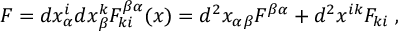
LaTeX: F = d x _ { \alpha } ^ { i } d x _ { \beta } ^ { k } F _ { k i } ^ { \beta \alpha } ( x ) = d ^ { 2 } x _ { \alpha \beta } F ^ { \beta \alpha } + d ^ { 2 } x ^ { i k } F _ { k i } \; ,